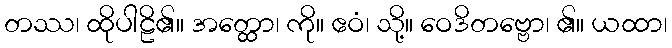
တဿ၊ ထိုပါဠိ၏။ အတ္ထော၊ ကို။ ဧဝံ၊ သို့။ ဝေဒိတဗ္ဗော၊ ၏။ ယထာ၊